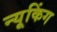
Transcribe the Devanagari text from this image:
न्यूकिंग